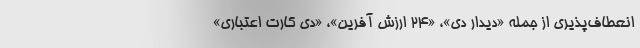
انعطاف‌پذیری از جمله «دیدار دی»، «24 ارزش آفرین»، «دی کارت اعتباری»